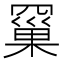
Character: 𮊗